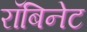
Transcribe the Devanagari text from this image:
रॉबिनेट